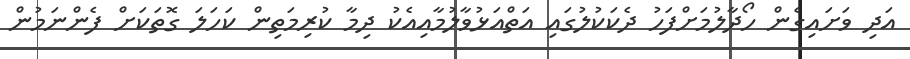
އަދި ވަށައިގެން ހޯދާލުމަށްފަހު ދެކަކުލުގައި އަތްއަޅުވާލުމާއިއެކު ދިމާ ކުރިމަތިން ކަހަލަ ގޮތަކަށް ފެންނަމުން